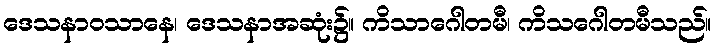
ဒေသနာဝသာနေ၊ ဒေသနာအဆုံး၌။ ကိသာဂေါတမီ၊ ကိသဂေါတမီသည်။